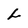
Character: L